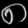
Digit: ၈